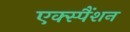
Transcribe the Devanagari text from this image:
एक्स्पैंशन